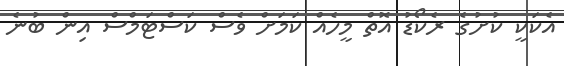
އެކަކީ ކުށުގެ ރެކޯޑު އޮތް މީހެއް ކަމަށް ވެސް ކަސްޓަމްސް އިން ބުނެ